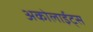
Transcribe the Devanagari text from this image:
अकोलाईट्स